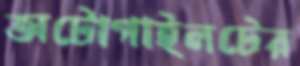
অটোপাইলটের